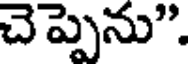
చెప్పెను".